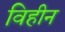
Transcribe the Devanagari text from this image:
विहीन